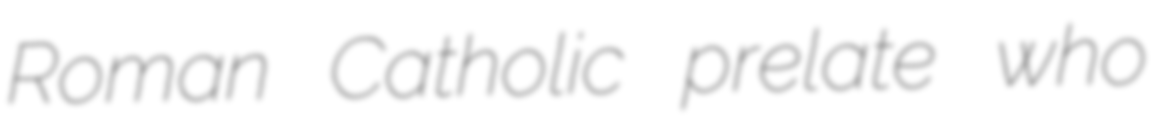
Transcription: Roman Catholic prelate who